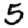
Digit: 5